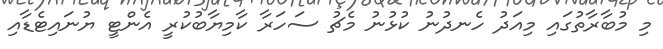
މި މުބާރާތުގައި މިއަދު ހެނދުނު ކުޅުނު މެޗު ސަހަރާ ކާމިޔާބުކުރީ އެންޓީ ޔުނައިޓެޑާއި